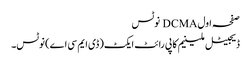
صفحہ اول DCMA نوٹس
ڈیجیٹل ملینیم کاپی رائٹ ایکٹ (ڈی ایم سی اے) نوٹس۔